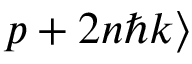
p + 2 n \hbar k \rangle